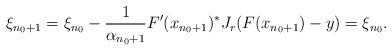
LaTeX: \begin{align*}\xi_{n_0+1} = \xi_{n_0} -\frac{1}{\alpha_{n_0+1}} F'(x_{n_0+1})^* J_r(F(x_{n_0+1})-y) = \xi_{n_0}.\end{align*}